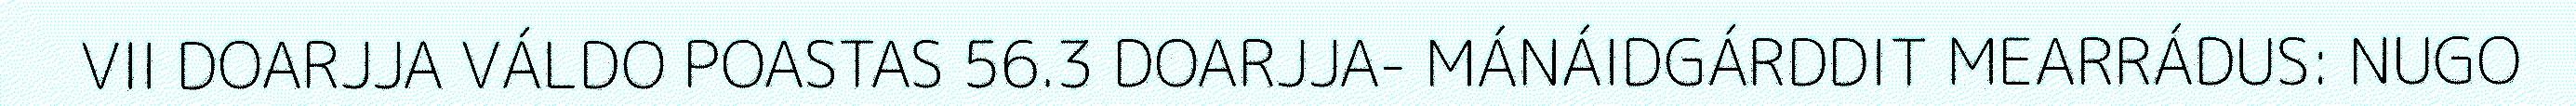
VII DOARJJA VÁLDO POASTAS 56.3 DOARJJA- MÁNÁIDGÁRDDIT MEARRÁDUS: NUGO